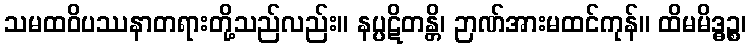
သမထဝိပဿနာတရားတို့သည်လည်း။ နပ္ပဋိတန္တိ၊ ဉာဏ်အားမထင်ကုန်။ ထိမမိဒ္ဓဉ္စ၊